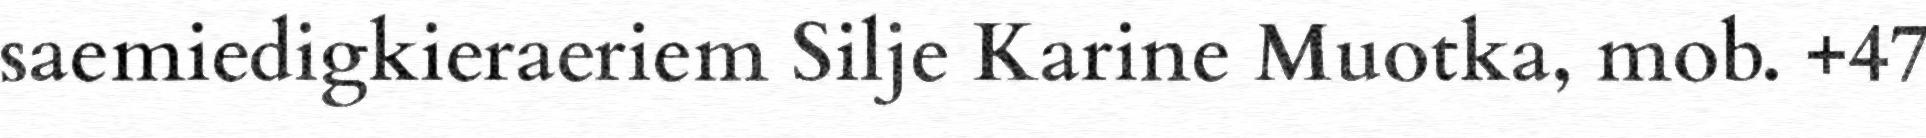
saemiedigkieraeriem Silje Karine Muotka, mob. +47